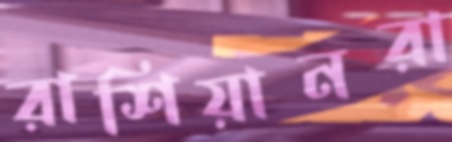
রাশিয়ানরা